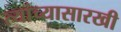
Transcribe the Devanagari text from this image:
त्यांच्यासारखी